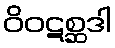
ဝိဝဋစ္ဆဒါ